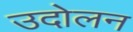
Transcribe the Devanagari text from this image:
उदोलन